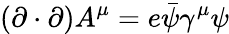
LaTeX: (\mathbf{\partial}\cdot\mathbf{\partial})A^{\mu}=e{\bar{\psi}}\gamma^{\mu}\psi